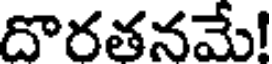
దొరతనమే!